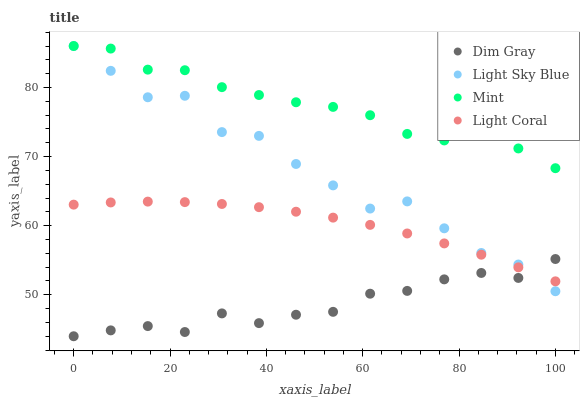
| xaxis_label | Dim Gray | Light Sky Blue | Mint | Light Coral |
 | --- | --- | --- | --- | --- |
 | 0 | 44 | 86 | 86 | 63 |
 | 7.69 | 44.9 | 82.4 | 85.6 | 63.4 |
 | 15.4 | 45.5 | 78.6 | 82.6 | 63.5 |
 | 23.1 | 44.6 | 78.8 | 82.5 | 63.4 |
 | 30.8 | 47.3 | 73.5 | 80 | 63.1 |
 | 38.5 | 45.9 | 73 | 78.9 | 62.7 |
 | 46.2 | 47.1 | 68.9 | 77.9 | 62 |
 | 53.8 | 47.5 | 65.8 | 77.2 | 61.2 |
 | 61.5 | 50.2 | 62.5 | 76 | 60.1 |
 | 69.2 | 50.6 | 63.5 | 73.3 | 58.9 |
 | 76.9 | 52.2 | 59.6 | 72.3 | 57.4 |
 | 84.6 | 53.2 | 56 | 73.1 | 55.8 |
 | 92.3 | 52.4 | 54.4 | 71.2 | 54 |
 | 100 | 55.2 | 50.5 | 68.3 | 51.9 |